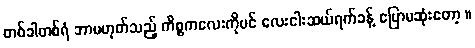
တစ်ခါတစ်ရံ ဘာမဟုတ်သည့် ကိစ္စကလေးကိုပင် လေးငါးဆယ်ရက်ခန့် ပြောမဆုံးတော့ ။